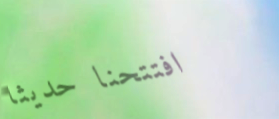
افتتحنا حديثاً